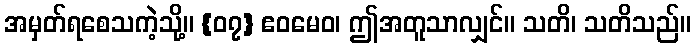
အမှတ်ရစေသကဲ့သို့။ {၀၇} ဧဝမေဝ၊ ဤအတူသာလျှင်။ သတိ၊ သတိသည်။